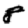
Digit: 8